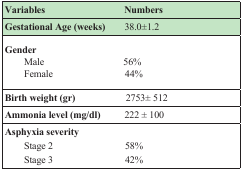
<table><thead><tr><td><b>Variables </b></td><td><b>Numbers</b></td></tr><tr><td><b>Gestational Age (weeks) </b></td><td><b>38.0±1.2</b></td></tr></thead><tbody><tr><td><b>Gender</b></td><td></td></tr><tr><td>Male Female </td><td>56%44%</td></tr><tr><td><b>Birth weight (gr</b>) </td><td>2753± 512</td></tr><tr><td><b>Ammonia level (mg/dl) </b></td><td>222 ± 100</td></tr><tr><td><b>Asphyxia severity</b></td><td></td></tr><tr><td> Stage 2Stage 3 </td><td>58%42%</td></tr></tbody></table>